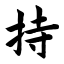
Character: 持